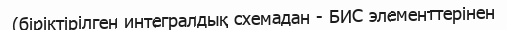
(біріктірілген интегралдық схемадан - БИС элементтерінен